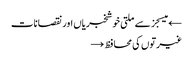
← میسجز سے ملتی خوشخبریاں اور نقصانات
غیرتوں کی محافظ →